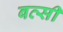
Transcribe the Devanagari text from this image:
बत्सी